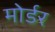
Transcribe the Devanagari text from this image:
मोर्डर